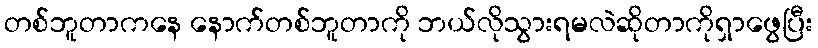
တစ်ဘူတာကနေ နောက်တစ်ဘူတာကို ဘယ်လိုသွားရမလဲဆိုတာကိုရှာဖွေပြီး